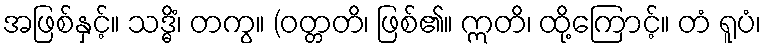
အဖြစ်နှင့်။ သဒ္ဓိံ၊ တကွ။ (ဝတ္တတိ၊ ဖြစ်၏။ ဣတိ၊ ထို့ကြောင့်။ တံ ရူပံ၊